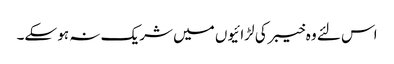
اس لئے وہ خیبر کی لڑائیوں میں شریک نہ ہو سکے۔